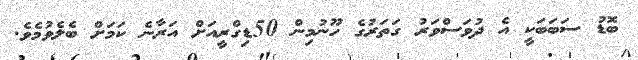
ބޮޑު ސަބަބަކީ އެ ދުވަސްވަރު ގަތަރުގެ ހޫނުމިން 50ޑިގްރީއަށް އަރާނެ ކަމަށް ބެލެވުމެވެ.